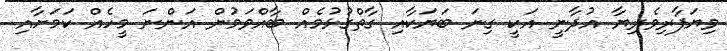
ވިޔަފާރިވެރިޔާ އުދާނީ އަކީ ގިނަ ބަޔަކާއި ގާތްގުޅުމެއް ބާއްވަމުން އަންނަ މީހެއް ކަމަށާއި